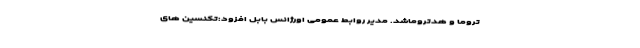
تروما و هدتروماشد. مدیر روابط عمومی اورژانس بابل افزود:تکنسین های